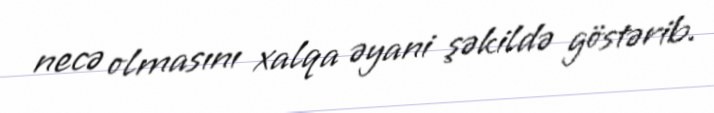
necə olmasını xalqa əyani şəkildə göstərib.